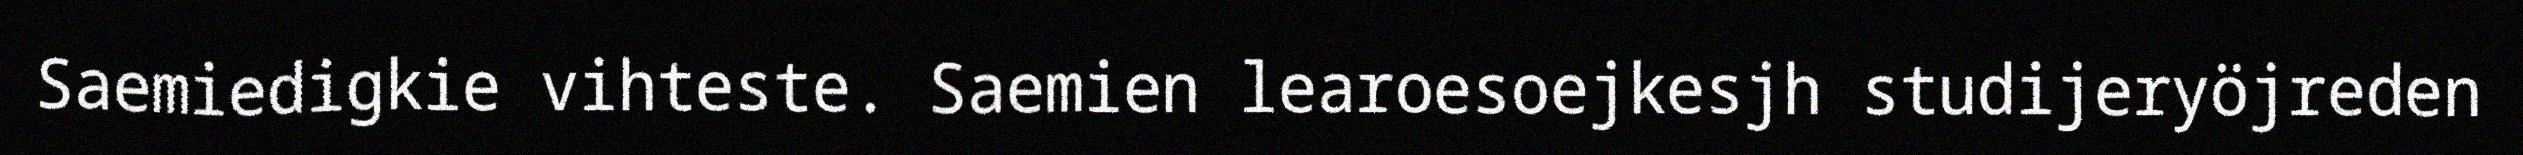
Saemiedigkie vihteste. Saemien learoesoejkesjh studijeryöjreden